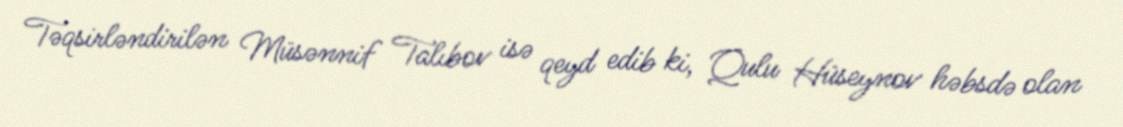
Təqsirləndirilən Müsənnif Talıbov isə qeyd edib ki, Qulu Hüseynov həbsdə olan